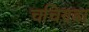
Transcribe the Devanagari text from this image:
चचिण्डा